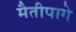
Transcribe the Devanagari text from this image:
मैतीपागे